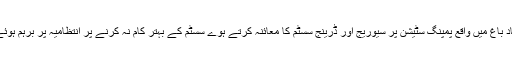
شاد باغ میں واقع پمپنگ سٹیشن پر سیوریج اور ڈرینج سسٹم کا معائنہ کرتے ہوے سسٹم کے بہتر کام نہ کرنے پر انتظامیہ پر برہم ہوئے۔